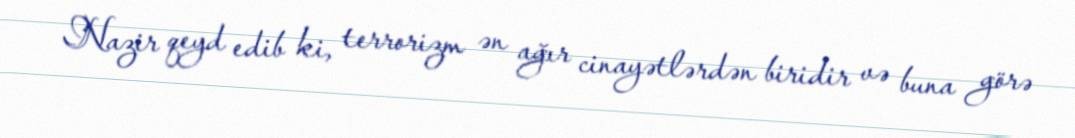
Nazir qeyd edib ki, terrorizm ən ağır cinayətlərdən biridir və buna görə